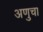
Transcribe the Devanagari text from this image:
अणुचा